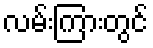
လမ်းကြားတွင်